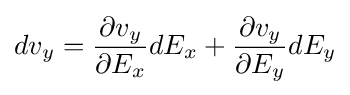
dv_{y}={\partial v_{y} \over \partial E_{x}}dE_{x}+{\partial v_{y} \over \partial E_{y}}dE_{y}